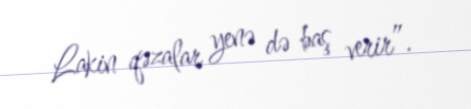
Lakin qəzalar yenə də baş verir”.